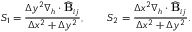
S _ { 1 } = \frac { \Delta y ^ { 2 } \nabla _ { h } \cdot \widehat { \mathbf { B } } _ { i j } } { \Delta x ^ { 2 } + \Delta y ^ { 2 } } , \qquad S _ { 2 } = \frac { \Delta x ^ { 2 } \nabla _ { h } \cdot \widehat { \mathbf { B } } _ { i j } } { \Delta x ^ { 2 } + \Delta y ^ { 2 } } .